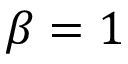
\beta = 1